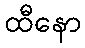
ထီနော